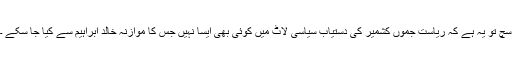
سچ تو یہ ہے کہ ریاست جموں کشمیر کی دستیاب سیاسی لاٹ میں کوئی بھی ایسا نہیں جس کا موازنہ خالد ابراہیم سے کیا جا سکے ۔